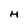
Character: M